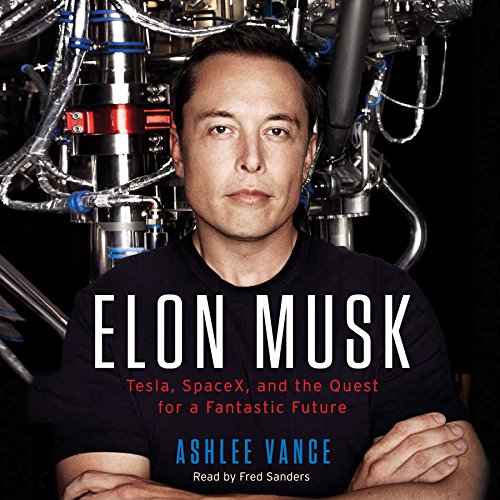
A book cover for Elon Musk: Tesla, SpaceX, and the Quest for a Fantastic Future; Ashlee Vance; Business & Money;